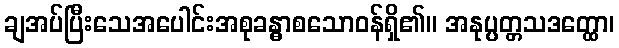
ချအပ်ပြီးသေအပေါင်းအစုခန္ဓာစသောဝန်ရှိ၏။ အနုပ္ပတ္တသဒတ္ထော၊